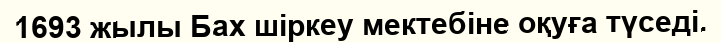
1693 жылы Бах шіркеу мектебіне оқуға түседі.